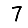
Digit: 7